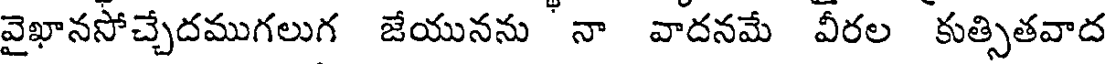
వైఖానసోచ్చేదముగలుగ జేయునను నా వాదనమే వీరల కుత్సితవాద